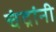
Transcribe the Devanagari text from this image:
चंद्रांनी